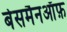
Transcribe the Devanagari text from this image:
बेसमैनऑफ़